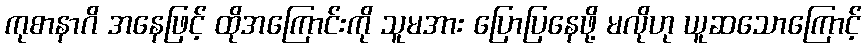
ကုစာနာဂိ အနေဖြင့် ထိုအကြောင်းကို သူမအား ပြောပြနေဖို့ မလိုဟု ယူဆသောကြောင့်